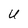
Character: U